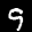
Label: 9